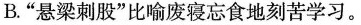
B”悬梁刺股”比喻废寝忘食地刻苦学习。